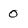
Character: 0